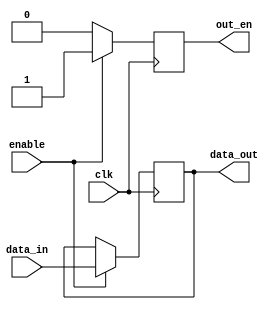
module io_buffer (
    input wire clk,
    input wire enable,
    input wire [7:0] data_in,
    output reg [7:0] data_out,
    output reg out_en
);

reg [7:0] buffer_reg;

always @ (posedge clk) begin
    if (enable) begin
        data_out <= buffer_reg;
        out_en <= 1'b1;
    end else begin
        out_en <= 1'b0;
    end
end

always @* begin
    buffer_reg = data_in;
end

endmodule